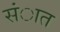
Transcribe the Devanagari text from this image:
संात